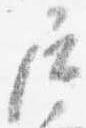
尼